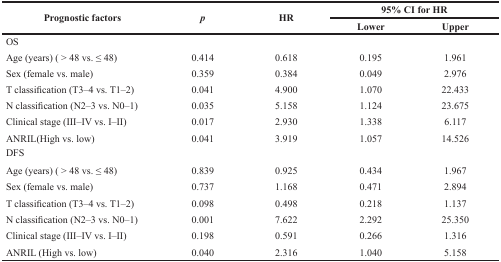
| <ROWSPAN=2> Prognostic factors | <ROWSPAN=2> p | <ROWSPAN=2> HR | <COLSPAN=2> 95% CI for HR |
 | Lower | Upper |
 | --- | --- | --- | --- | --- |
 | OS |  |  |  |  |
 | Age (years) (> 48 vs. ≤ 48) | 0.414 | 0.618 | 0.195 | 1.961 |
 | Sex (female vs. male) | 0.359 | 0.384 | 0.049 | 2.976 |
 | T classification (T3–4 vs. T1–2) | 0.041 | 4.900 | 1.070 | 22.433 |
 | N classification (N2–3 vs. N0–1) | 0.035 | 5.158 | 1.124 | 23.675 |
 | Clinical stage (III–IV vs. I–II) | 0.017 | 2.930 | 1.338 | 6.117 |
 | ANRIL(High vs. low) | 0.041 | 3.919 | 1.057 | 14.526 |
 | DFS |  |  |  |  |
 | Age (years) (> 48 vs. ≤ 48) | 0.839 | 0.925 | 0.434 | 1.967 |
 | Sex (female vs. male) | 0.737 | 1.168 | 0.471 | 2.894 |
 | T classification (T3–4 vs. T1–2) | 0.098 | 0.498 | 0.218 | 1.137 |
 | N classification (N2–3 vs. N0–1) | 0.001 | 7.622 | 2.292 | 25.350 |
 | Clinical stage (III–IV vs. I–II) | 0.198 | 0.591 | 0.266 | 1.316 |
 | ANRIL (High vs. low) | 0.040 | 2.316 | 1.040 | 5.158 |